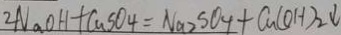
2 N a O H + C u S O _ { 4 } = N a _ { 2 } S O _ { 4 } + C u ( O H ) _ { 2 } \downarrow